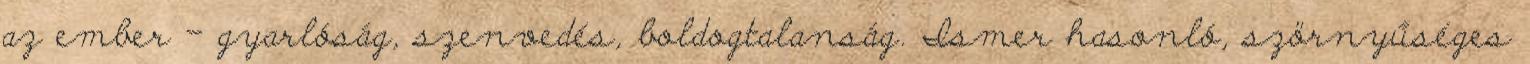
az ember – gyarlóság, szenvedés, boldogtalanság. Ismer hasonló, szörnyűséges